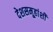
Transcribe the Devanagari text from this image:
देशसमू्हांशी